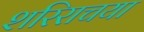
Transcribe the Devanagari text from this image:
शरिराचया